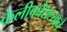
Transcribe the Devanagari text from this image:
केलीकौशल्याने